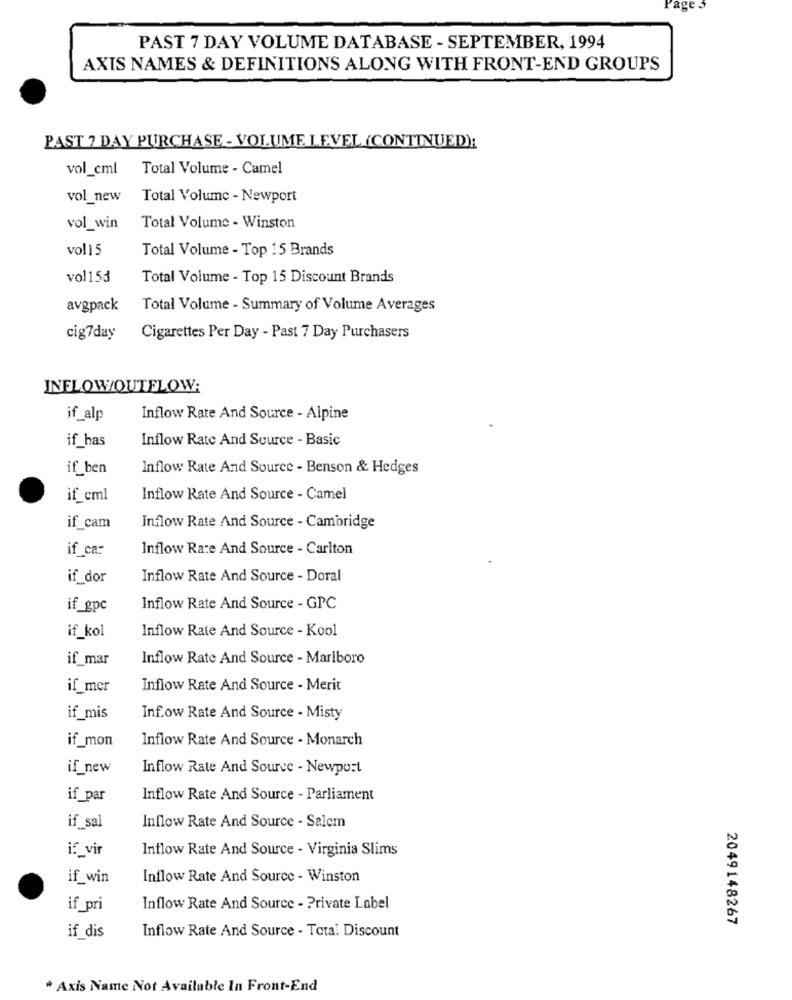
Page 5
PAST 7 DAY VOLUME DATABASE - SEPTEMBER, 1994
AXIS NAMES & DEFINITIONS ALONG WITH FRONT-END GROUPS
PAST 7 DAY PURCHASE - VOLUME LEVEL (CONTINUED):
vol_cml
Total Volume - Camel
vol_new
Total Volume - Newport
vol_win
Total Volume - Winston
vol15
Total Volume - Top 15 Brands
vol15₫
Total Volume - Top 15 Discount Brands
avgpack
Total Volume - Summary of Volume Averages
cig7day
Cigarettes Per Day - Past 7 Day Purchasers
INFLOW/OUTFLOW:
if_alp
Inflow Rate And Source - Alpine
if bas
Inflow Rate And Source - Basic
if ben
Inflow Rate And Source - Benson & Hedges
if_cml
Inflow Rate And Source - Camel
if_cam
Inflow Rate And Source - Cambridge
if ca:
Inflow Rate And Source - Carlton
if dor
Inflow Rate And Source - Doral
if_gpc
Inflow Rate And Source - GPC
if_kol
Inflow Rate And Source - Kool
if mar
Inflow Rate And Source - Marlboro
if_mer
Inflow Rate And Source - Merit
if_mis
Inf.ow Rate And Source - Misty
if_mon
Inflow Rate And Source - Monarch
if new
Inflow Rate And Source - Newport
if_par
Inflow Rate And Source - Parliament
if_sal
Inflow Rate And Source - Salem
if_vir
Inflow Rate And Source - Virginia Slims
if_win
Inflow Rate And Source - Winston
if_pri
Inflow Rate And Source - Private Label
2049148267
if dis
Inflow Rate And Source - Tota! Discount
* Axis Name Not Available In Front-End